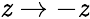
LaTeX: \mathit{z}\rightarrow-\mathit{z}